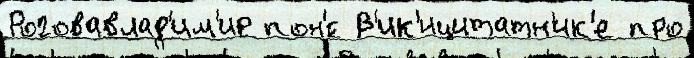
Роговавлад'им'ир пон'́с В'ик'ицитатн'ик'е про